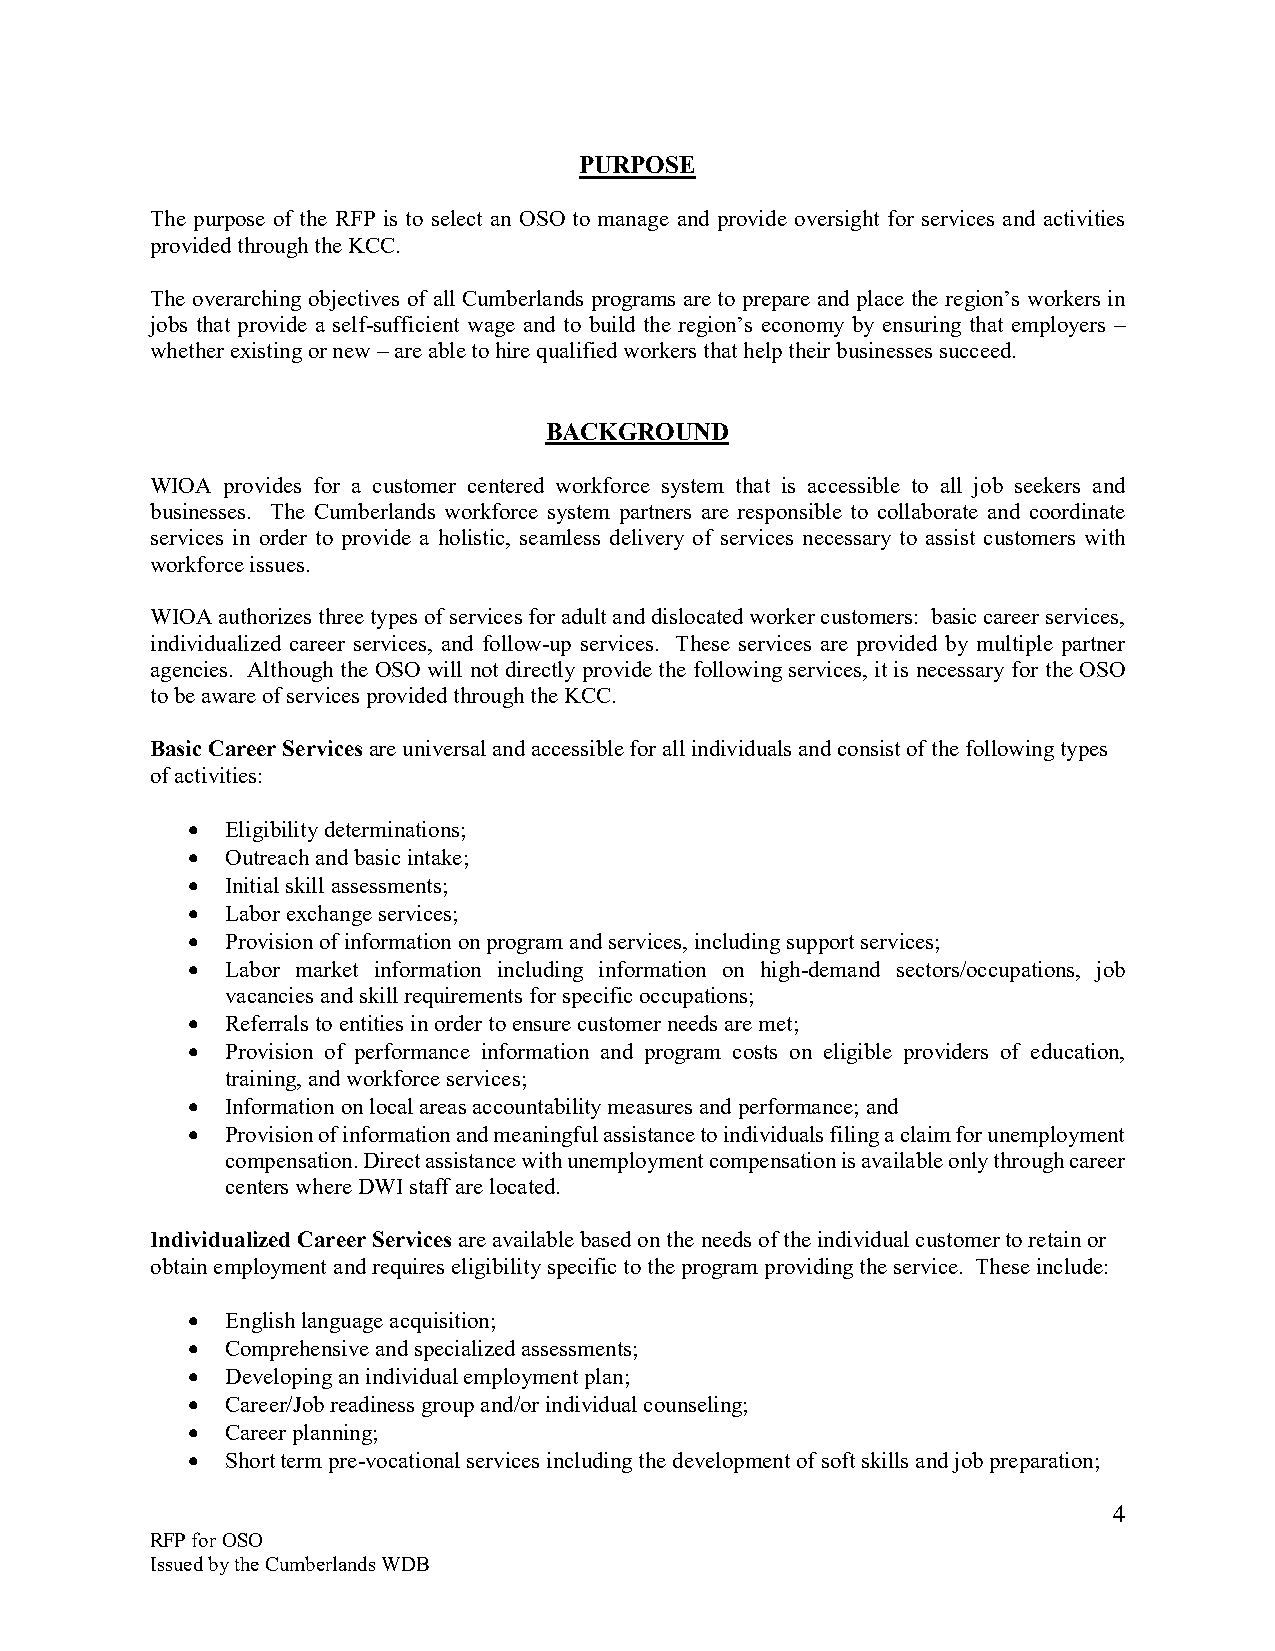
PURPOSE
 The purpose of the RFP is to select an OSO to manage and provide oversight for services and activities
 provided through the KCC.
 The overarching objectives of all Cumberlands programs are to prepare and place the region’s workers in
 jobs that provide a self-sufficient wage and to build the region’s economy by ensuring that employers –
 whether existing or new – are able to hire qualified workers that help their businesses succeed.
 BACKGROUND
 WIOA provides for a customer centered workforce system that is accessible to all job seekers and
 businesses. The Cumberlands workforce system partners are responsible to collaborate and coordinate
 services in order to provide a holistic, seamless delivery of services necessary to assist customers with
 workforce issues.
 WIOA authorizes three types of services for adult and dislocated worker customers: basic career services,
 individualized career services, and follow-up services. These services are provided by multiple partner
 agencies. Although the OSO will not directly provide the following services, it is necessary for the OSO
 to be aware of services provided through the KCC.
 Basic Career Services are universal and accessible for all individuals and consist of the following types
 of activities:
 •  Eligibility determinations;
 •  Outreach and basic intake;
 •  Initial skill assessments;
 •  Labor exchange services;
 •  Provision of information on program and services, including support services;
 •  Labor market information including information on high-demand sectors/occupations, job
 vacancies and skill requirements for specific occupations;
 •  Referrals to entities in order to ensure customer needs are met;
 •  Provision of performance information and program costs on eligible providers of education,
 training, and workforce services;
 •  Information on local areas accountability measures and performance; and
 •  Provision of information and meaningful assistance to individuals filing a claim for unemployment
 compensation. Direct assistance with unemployment compensation is available only through career
 centers where DWI staff are located.
 Individualized Career Services are available based on the needs of the individual customer to retain or
 obtain employment and requires eligibility specific to the program providing the service. These include:
 •  English language acquisition;
 •  Comprehensive and specialized assessments;
 •  Developing an individual employment plan;
 •  Career/Job readiness group and/or individual counseling;
 •  Career planning;
 •  Short term pre-vocational services including the development of soft skills and job preparation;
 4
 RFP for OSO
 Issued by the Cumberlands WDB